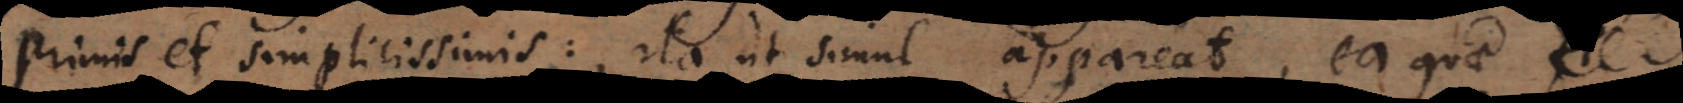
primis et simplicissimis: ita ut simul appareat, ea quae